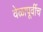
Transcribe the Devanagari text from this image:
वेळापूर्वीच